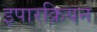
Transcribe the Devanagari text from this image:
इपारक्रियन